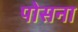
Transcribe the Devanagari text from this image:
पोसना